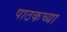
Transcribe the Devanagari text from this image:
पाठकच्या